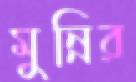
মুন্নির